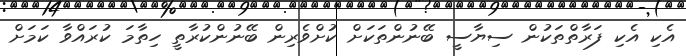
އެކި އެކި ފަރާތްތަކުން ސިޔާސީ ބޭނުންތަކަށް ކުށްވެރިން ބޭނުންކުރާތީ ހިތާމަ ކުރައްވާ ކަމަށް